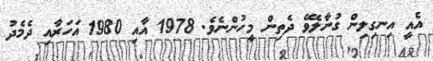
އެއީ އިނގިލިން ގުނާލެވޭ ދެތިން މީހުންނެވެ. 1978 އާއި 1980 އަހަރާއި ދެމެދު